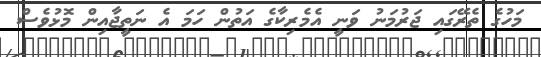
މަހުގެ ތެރޭގައި ޖަރުމަނު ވަނީ އެމެރިކާގެ އަތުން ހަމަ އެ ނަތީޖާއިން މޮޅުވެސް